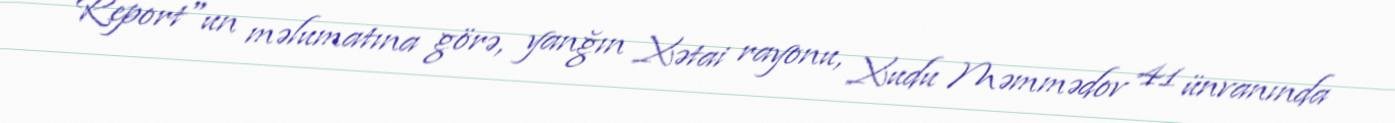
Report"un məlumatına görə, yanğın Xətai rayonu, Xudu Məmmədov 41 ünvanında